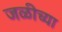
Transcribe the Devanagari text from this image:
जळीच्या